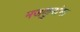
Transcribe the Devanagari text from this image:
मजकुरांना